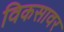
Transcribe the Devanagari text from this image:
विकसावर